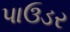
પાઉડર